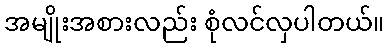
အမျိုးအစားလည်း စုံလင်လှပါတယ်။